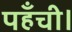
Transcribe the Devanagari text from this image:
पहँची।